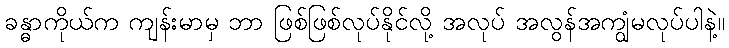
ခန္ဓာကိုယ်က ကျန်းမာမှ ဘာ ဖြစ်ဖြစ်လုပ်နိုင်လို့ အလုပ် အလွန်အကျွံမလုပ်ပါနဲ့။